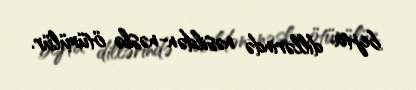
bejta dillərində nəsildən-nəslə ötürülür.